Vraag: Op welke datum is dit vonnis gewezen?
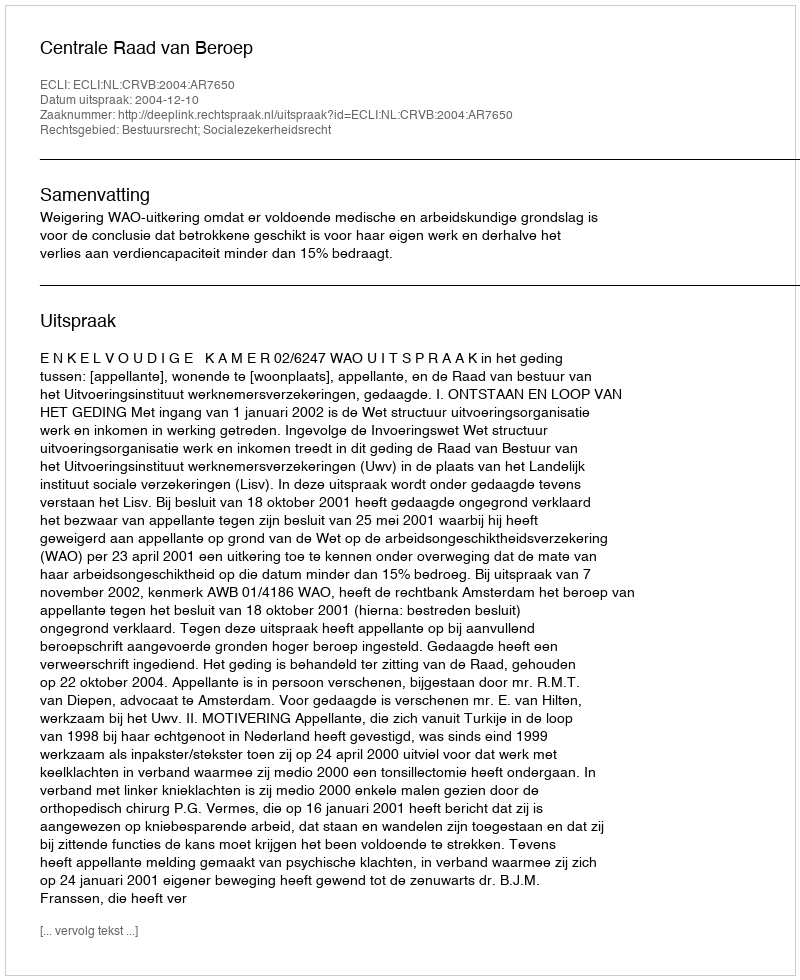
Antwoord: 2004-12-10